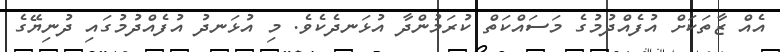
އެއް ޒާތަކަށް އުފެއްދުމުގެ މަސައްކަތް ކުރަމުންދާ އުޅަނދެކެވެ. މި އުޅަނދު އުފެއްދުމުގައި ދުނިޔޭގެ